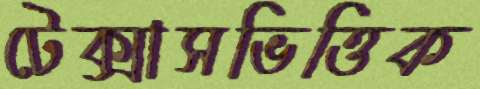
টেক্সাসভিত্তিক